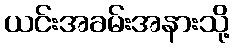
ယင်းအခမ်းအနားသို့